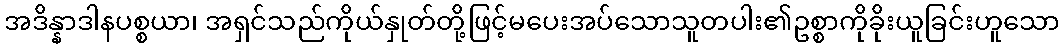
အဒိန္နာဒါနပစ္စယာ၊ အရှင်သည်ကိုယ်နှုတ်တို့ဖြင့်မပေးအပ်သောသူတပါး၏ဥစ္စာကိုခိုးယူခြင်းဟူသော